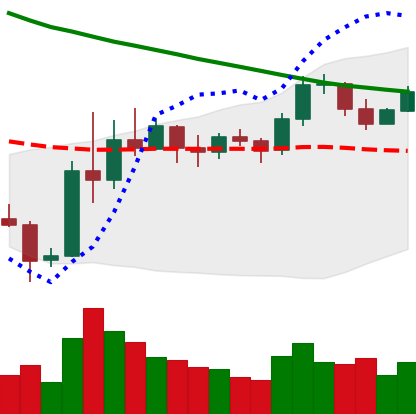
Ticker: EOS-USD
Chart end date: 2019-11-10
Forward return: -6.691%
Label: down_5_7